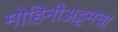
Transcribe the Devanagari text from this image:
मोहिनीअट्टमचा